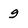
Character: g